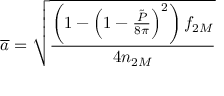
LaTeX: \overline { { { a } } } = \sqrt { \frac { \left( 1 - \left( 1 - \frac { \tilde { P } } { 8 \pi } \right) ^ { 2 } \right) f _ { 2 M } } { 4 n _ { 2 M } } }